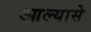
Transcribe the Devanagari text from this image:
आल्यासे